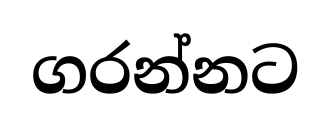
ගරන්නට